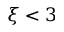
\xi < 3